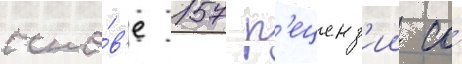
осно́в'е 157 р'еценз'ии со́